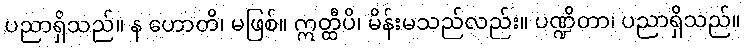
ပညာရှိသည်။ န ဟောတိ၊ မဖြစ်။ ဣတ္ထီပိ၊ မိန်းမသည်လည်း။ ပဏ္ဍိတာ၊ ပညာရှိသည်။